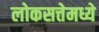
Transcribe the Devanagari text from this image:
लोकसत्तेमध्ये